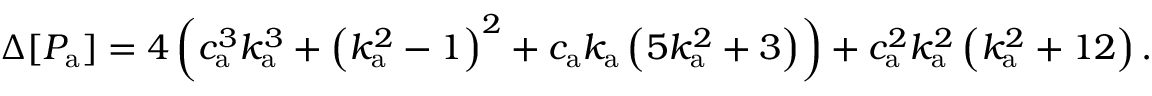
\Delta [ P _ { \mathrm { a } } ] = 4 \left( c _ { \mathrm { a } } ^ { 3 } k _ { \mathrm { a } } ^ { 3 } + \left( k _ { \mathrm { a } } ^ { 2 } - 1 \right) ^ { 2 } + c _ { \mathrm { a } } k _ { \mathrm { a } } \left( 5 k _ { \mathrm { a } } ^ { 2 } + 3 \right) \right) + c _ { \mathrm { a } } ^ { 2 } k _ { \mathrm { a } } ^ { 2 } \left( k _ { \mathrm { a } } ^ { 2 } + 1 2 \right) .